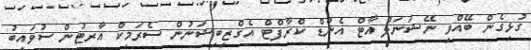
ގުޅިގެން ބޭއްވި ނޭޝަނަލް އާޓް އެންޑް ކްރާފްޓް އެގްޒިބިޝަނުން ސެރަމިކް އާރޓުން ސުވައިބު